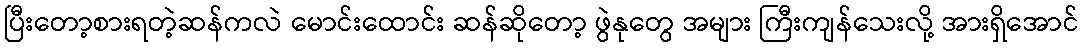
ပြီးတော့စားရတဲ့ဆန်ကလဲ မောင်းထောင်း ဆန်ဆိုတော့ ဖွဲနုတွေ အများ ကြီးကျန်သေးလို့ အားရှိအောင်